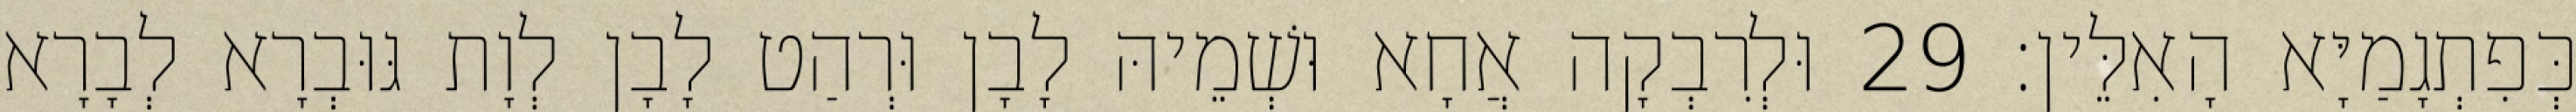
כְּפִתְגָמַיָּא הָאִלֵּין׃ 29 וּלְרִבְקָה אֲחָא וּשְׁמֵיהּ לָבָן וּרְהַט לָבָן לְוָת גּוּבְרָא לְבָרָא